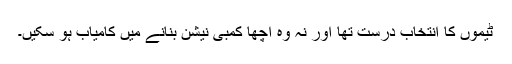
ٹیموں کا انتخاب درست تھا اور نہ وہ اچھا کمبی نیشن بنانے میں کامیاب ہو سکیں۔